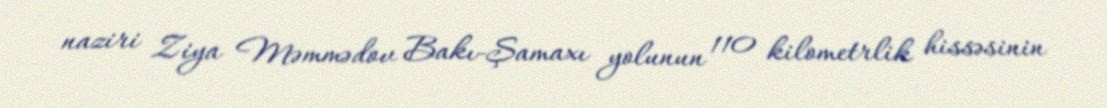
naziri Ziya Məmmədov Bakı-Şamaxı yolunun 110 kilometrlik hissəsinin